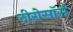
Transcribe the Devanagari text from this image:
टीरोसॉर्स